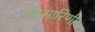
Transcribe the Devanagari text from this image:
चंद्रसारिणी